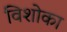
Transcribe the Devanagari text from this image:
विशोका